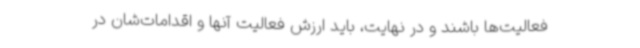
فعالیت‌ها باشند و در نهایت، باید ارزش فعالیت آنها و اقدامات‌شان در